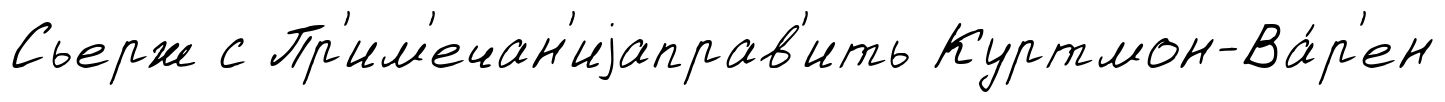
Сьерж с Пр'им'ечан'иjаправ'ить Куртмон-Ва́р'ен